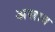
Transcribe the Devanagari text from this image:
अस्राव